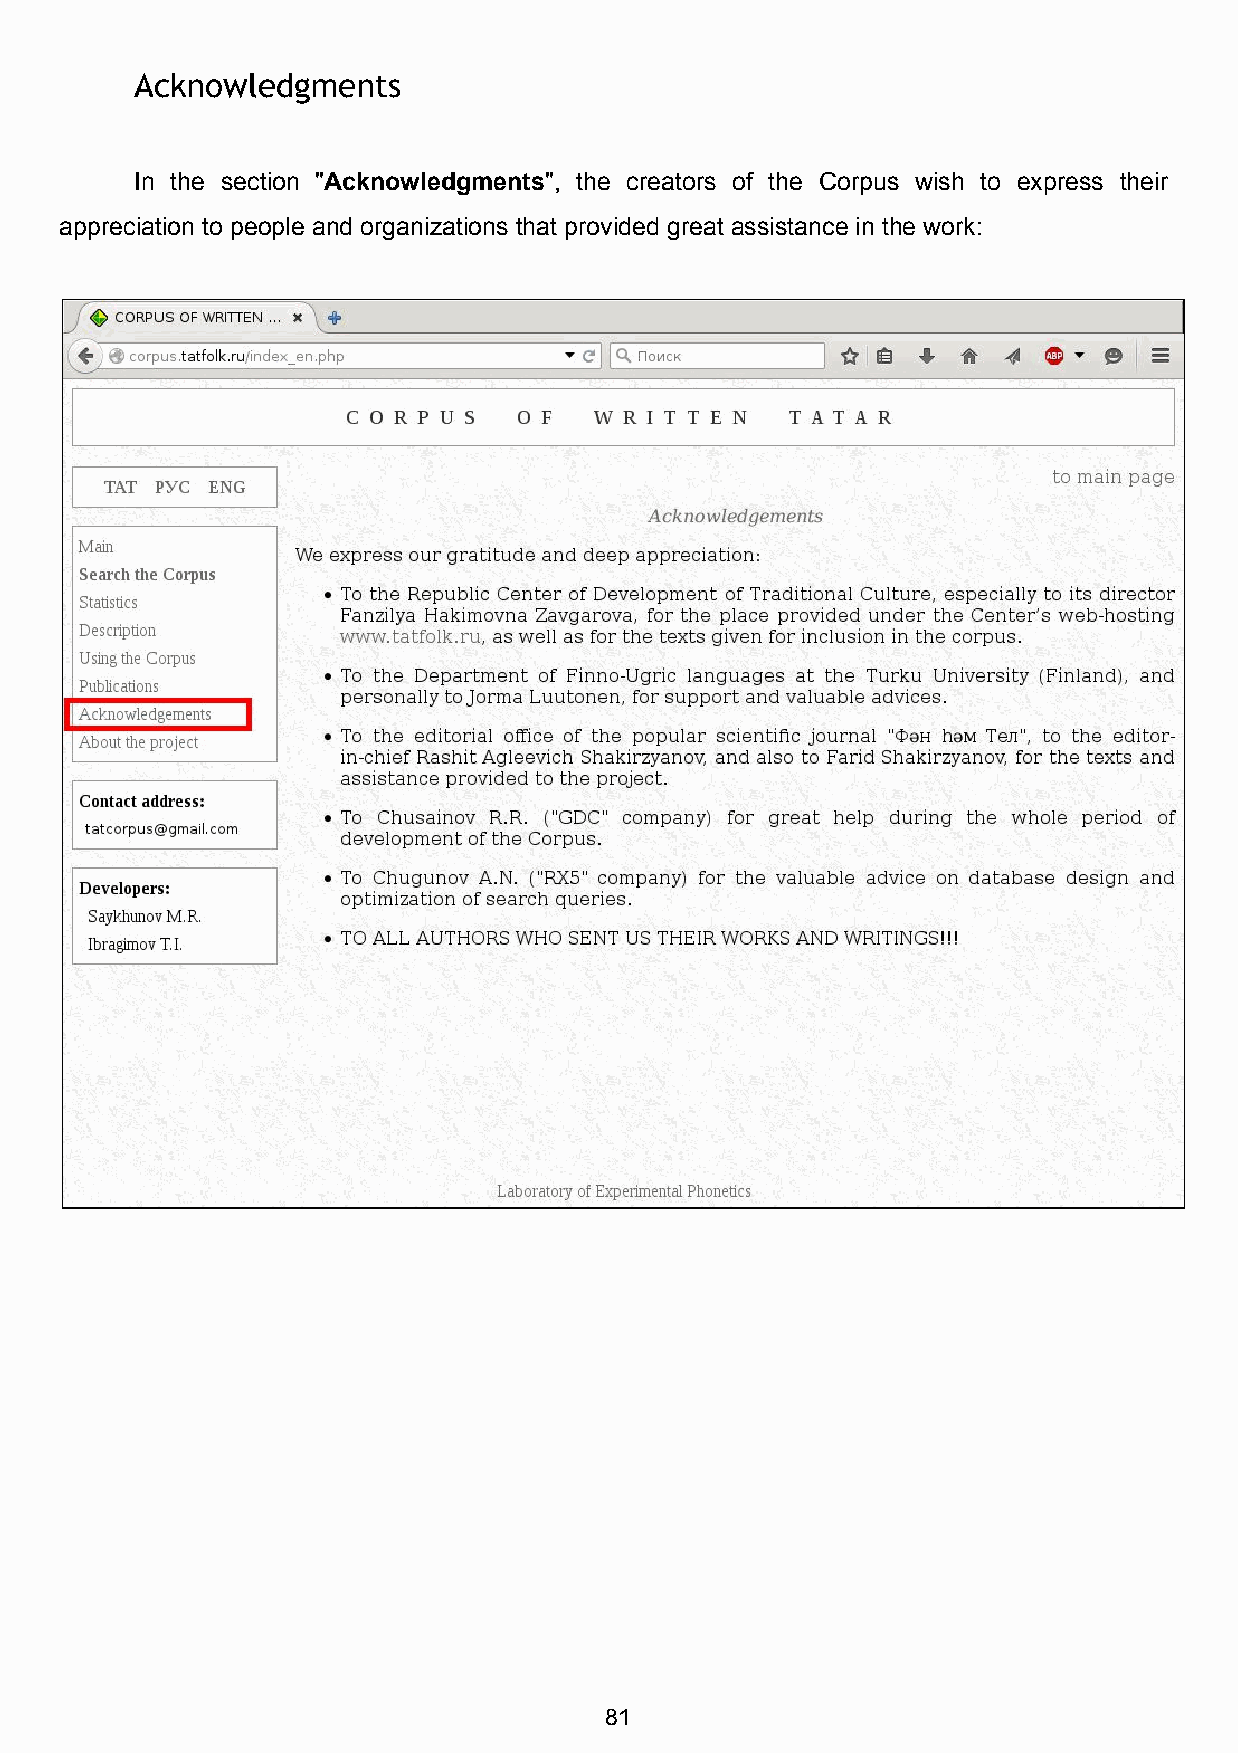
Acknowledgments
 In the section "Acknowledgments", the creators of the Corpus wish to express their
 ​              ​
 appreciation to people and organizations that provided great assistance in the work:
 81